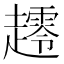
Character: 𰸀